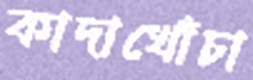
কাদাখোঁচা